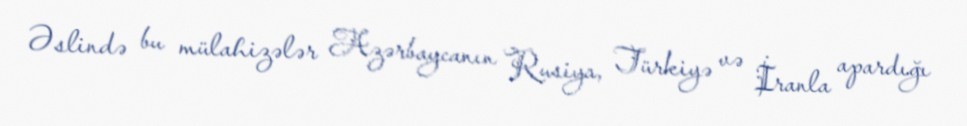
Əslində bu mülahizələr Azərbaycanın Rusiya, Türkiyə və İranla apardığı